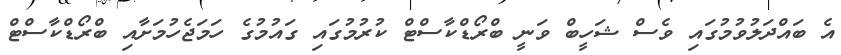
އެ ބައްދަލުވުމުގައި ވެސް ޝަހީބް ވަނީ ބްރޯޑްކާސްޓް ކުރުމުގައި ގައުމުގެ ހަމަޖެހުމަށާއި ބްރޯޑްކާސްޓް